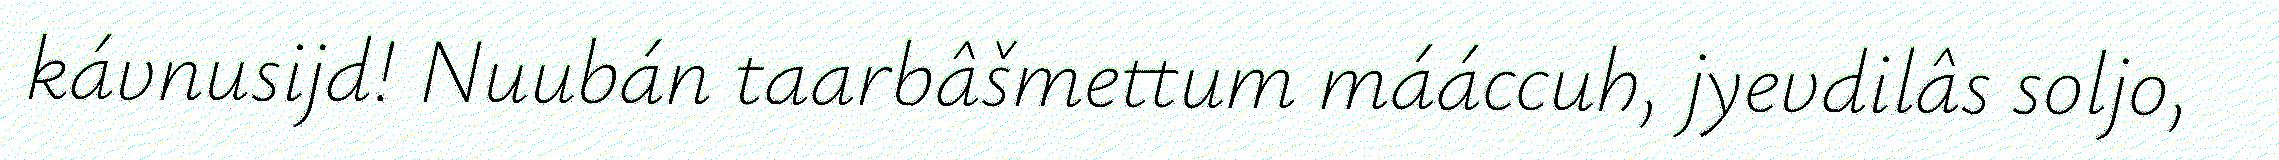
kávnusijd! Nuubán taarbâšmettum mááccuh, jyevdilâs soljo,